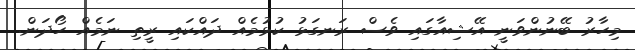
މިހާރު ބޭނުންވަނީ އޭޝިއާގައި ވެސް ރަނގަޅު ކުޅުމެއް ދައްކައި ރީތި ނަމެއް ހޯދަން.